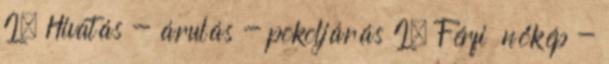
I. Hivatás - árulás - pokoljárás I. Férfi nőkép -